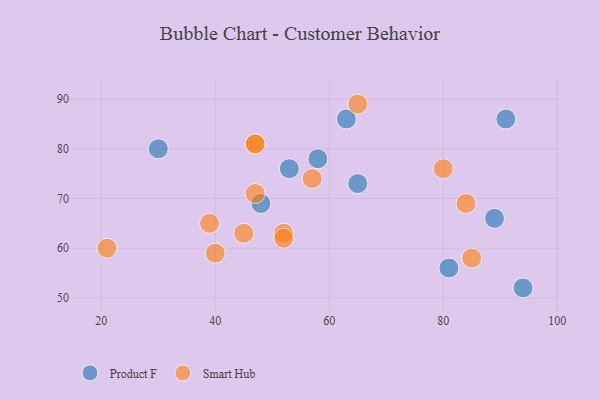
{"axis": {"x": "GDP", "y": "Life Expectancy"}, "legend": ["Product F", "Smart Hub"], "data": [{"x": "63", "y": 86, "type": "Product F"}, {"x": "53", "y": 76, "type": "Product F"}, {"x": "91", "y": 86, "type": "Product F"}, {"x": "48", "y": 69, "type": "Product F"}, {"x": "89", "y": 66, "type": "Product F"}, {"x": "81", "y": 56, "type": "Product F"}, {"x": "94", "y": 52, "type": "Product F"}, {"x": "58", "y": 78, "type": "Product F"}, {"x": "30", "y": 80, "type": "Product F"}, {"x": "65", "y": 73, "type": "Product F"}, {"x": "57", "y": 74, "type": "Smart Hub"}, {"x": "47", "y": 71, "type": "Smart Hub"}, {"x": "40", "y": 59, "type": "Smart Hub"}, {"x": "39", "y": 65, "type": "Smart Hub"}, {"x": "47", "y": 81, "type": "Smart Hub"}, {"x": "47", "y": 81, "type": "Smart Hub"}, {"x": "21", "y": 60, "type": "Smart Hub"}, {"x": "45", "y": 63, "type": "Smart Hub"}, {"x": "52", "y": 63, "type": "Smart Hub"}, {"x": "85", "y": 58, "type": "Smart Hub"}, {"x": "65", "y": 89, "type": "Smart Hub"}, {"x": "52", "y": 62, "type": "Smart Hub"}, {"x": "80", "y": 76, "type": "Smart Hub"}, {"x": "84", "y": 69, "type": "Smart Hub"}]}